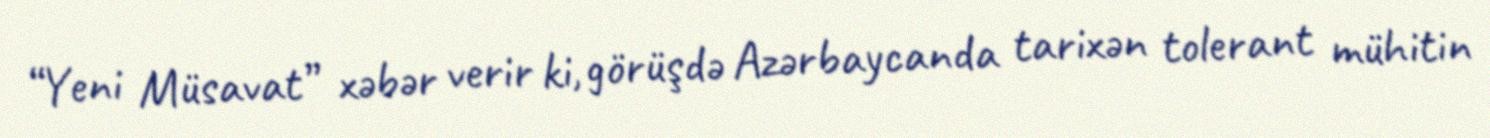
“Yeni Müsavat” xəbər verir ki, görüşdə Azərbaycanda tarixən tolerant mühitin